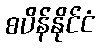
စပိန်နိုင်ငံ